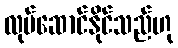
လုပ်ဆောင်နိုင်သည်ဟု